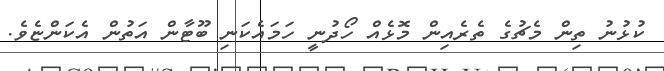
ކުޅުނު ތިން މެޗުގެ ތެރެއިން މޮޅެއް ހޯދުނީ ހަމައެކަނި ބޫޓާން އަތުން އެކަންޏެވެ.